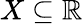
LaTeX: X\subseteq\mathbb{R}